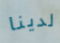
لدينا